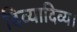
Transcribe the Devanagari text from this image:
दिव्यादिव्य।